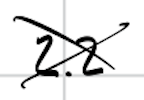
Text: 2.2
Cross-out: cross
Writing tool: digital_black